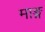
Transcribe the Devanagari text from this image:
माङ्ग